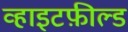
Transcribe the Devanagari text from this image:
व्हाइटफ़ील्ड